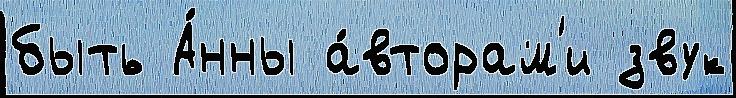
быть А́нны а́вторам'и звук